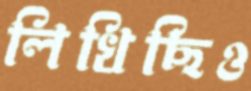
লিখিছিও